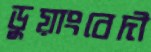
ডুয়াংবেদী